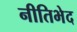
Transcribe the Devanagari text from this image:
नीतिभेद